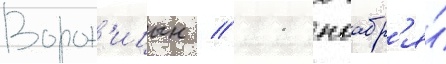
Ворон'ицын // 11 ноабр'я́